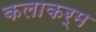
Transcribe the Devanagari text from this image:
कलाकर्म